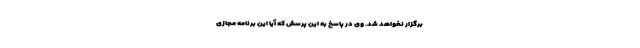
برگزار نخواهد شد. وی در پاسخ به این پرسش که آیا این برنامه مجازی